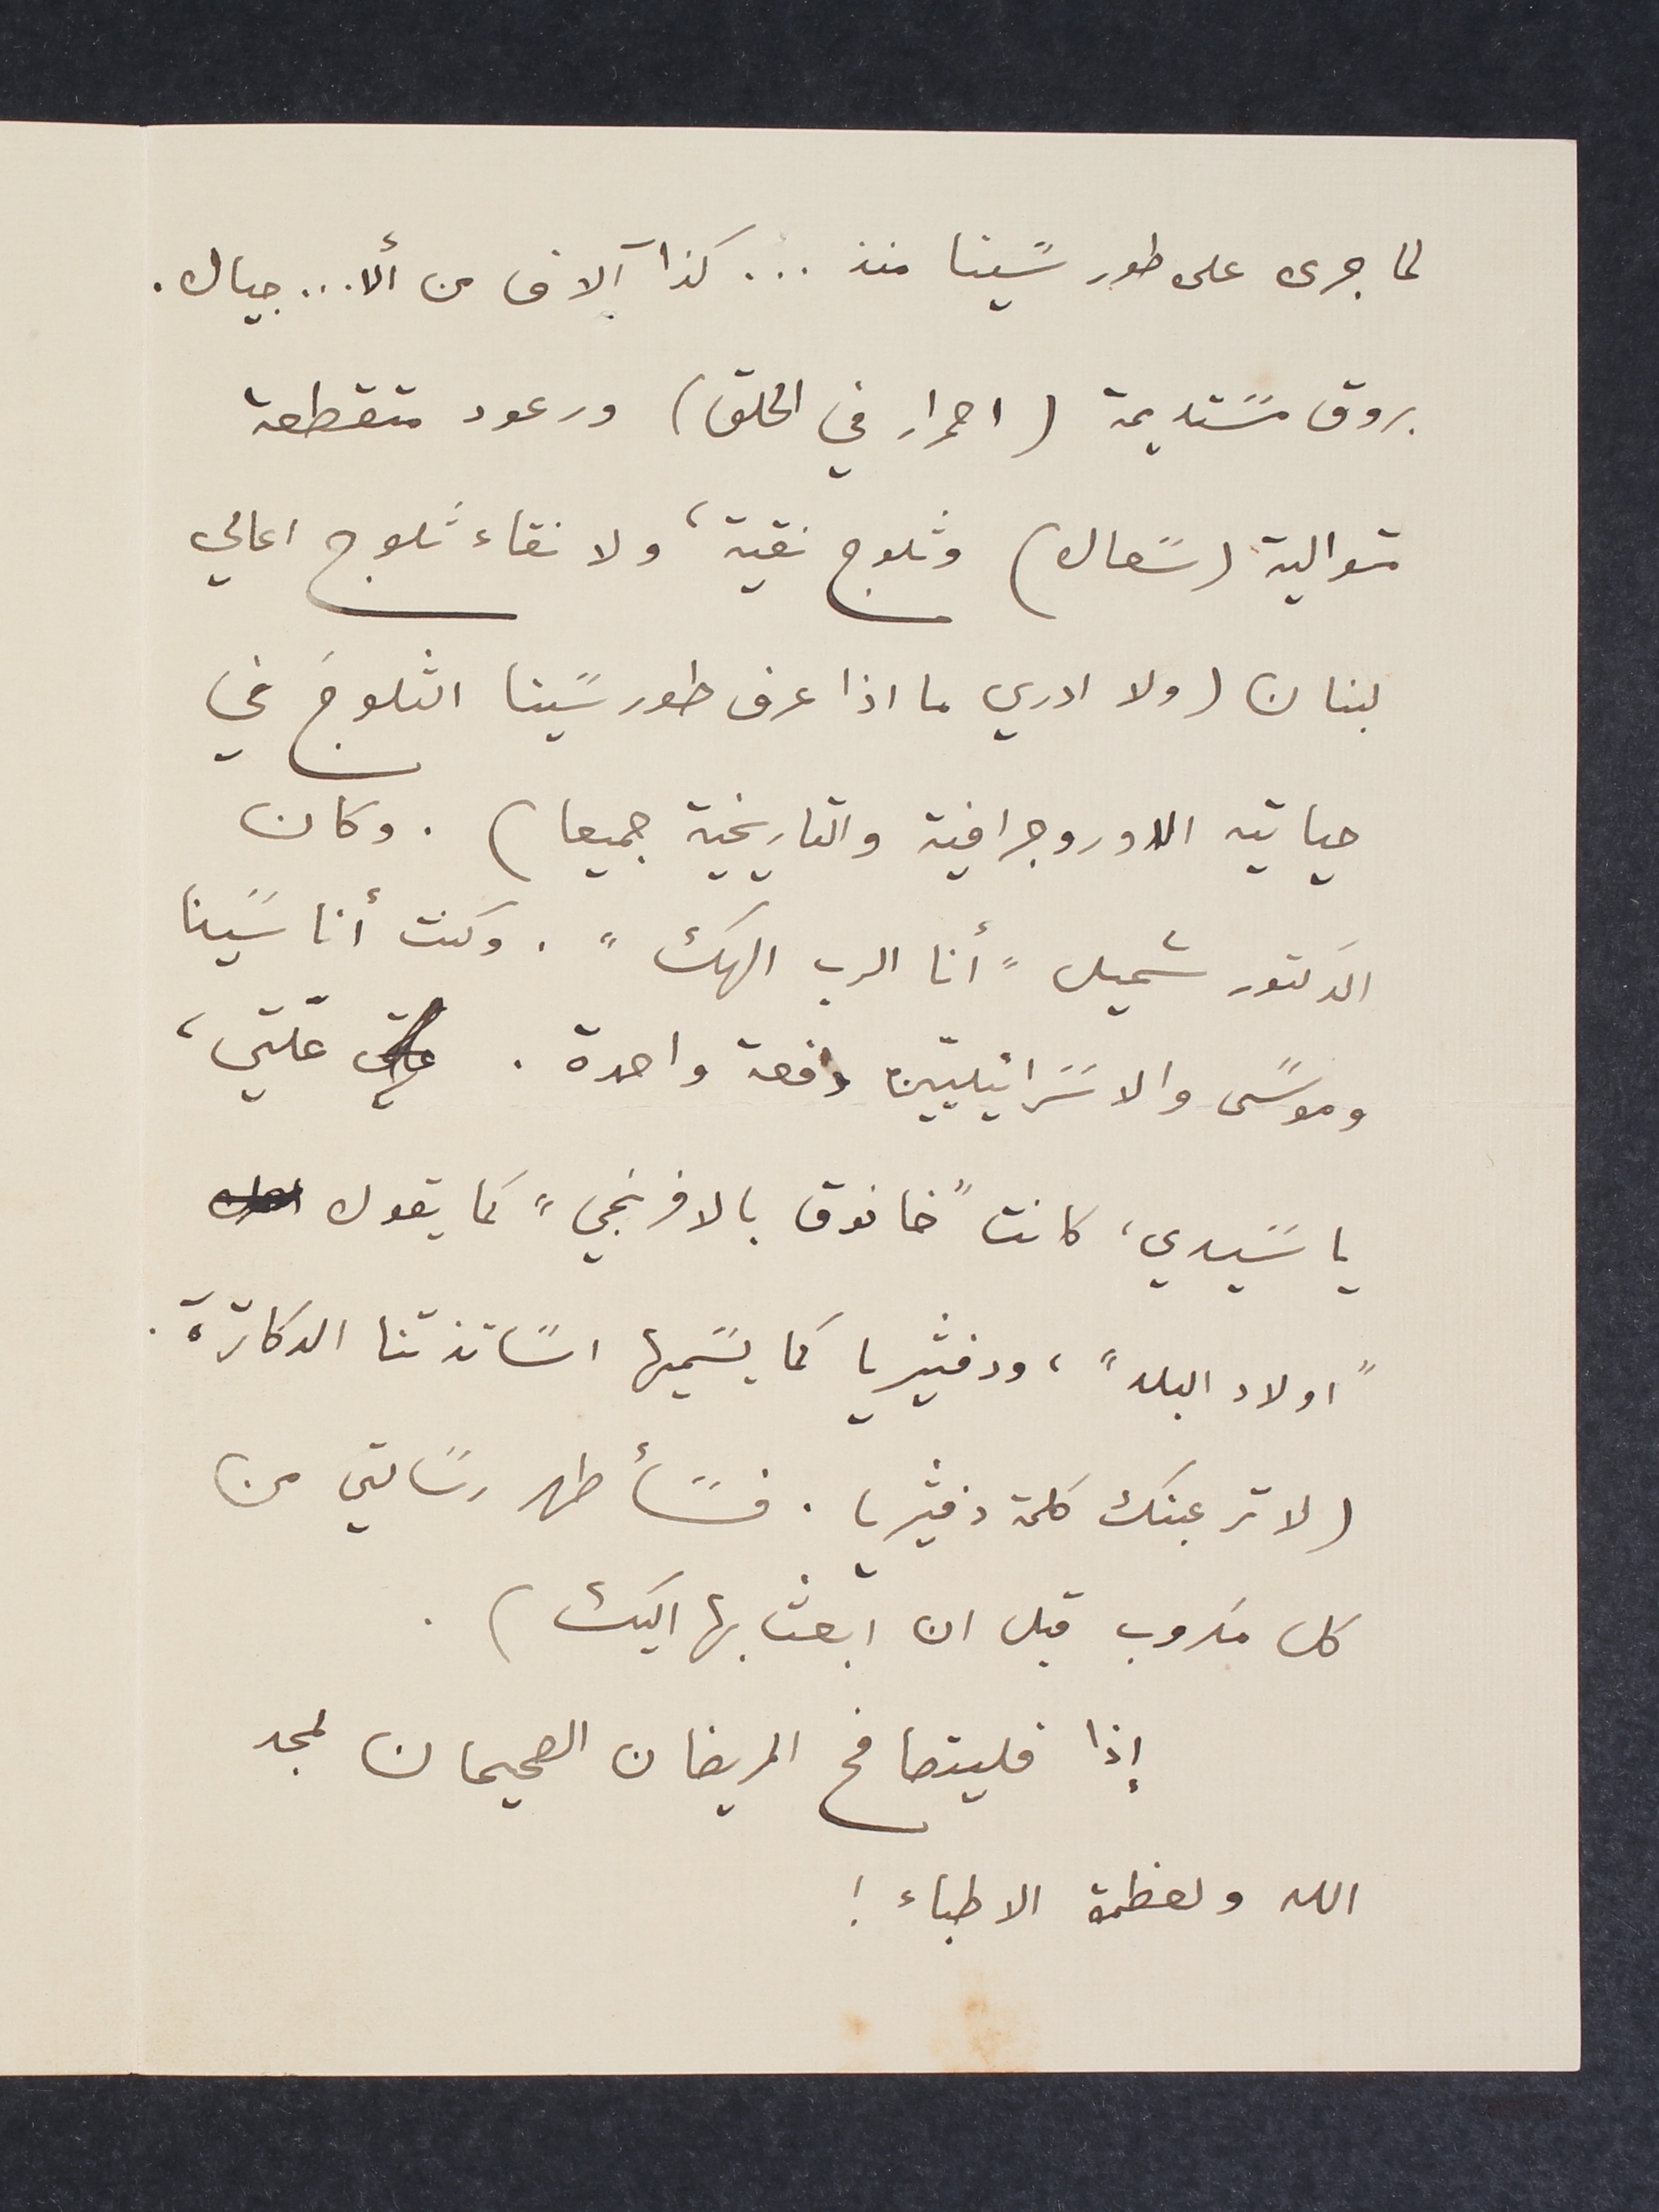
لما جرى على طور سًينا منذ ... كذا آلاف من ألا...جيال.
بروق مسًتديمة (احمرار في الحلق) ورعود متقطعة
متوالية (سًعال) وثلوج نقية، ولا نقاء ثلوج اعالي
لبنان (ولا ادري ما اذا عرف طور سًينا الثلوجَ في
حياتيه الاوروجرافية والتاريخية جميعا). وكان
الدكتور شميل "أنا الرب الهك". وكنت انا سًينا
وموسًى والاسًرائيليّين دفعة واحدة. علّتي،
يا سًيدي، كانت "خانوق بالافرنجي" كما يقول
"اولاد البلد"، ودفثيريا كما يسًميها اسًاتذتنا الدكاترة.
(لا ترعبنك كلمة دفثيريا. فسًأطهر رسًالتي من
كل مكروب قبل ان ابعث بها اليك).
إذا فليتصافح المريضان الصحيحان لمجد
الله ولعظمة الاطباء !